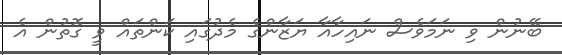
ބޭނުން ވި ނަމަވެސް ނައިހާއާ ޔަޒާންގެ މެދުގައި ކަންތައް ވީ ގޮތުން އެ